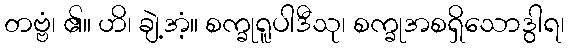
တဗ္ဗံ၊ ၏။ ဟိ၊ ချဲ့အံ့။ စက္ခုရူပါဒီသု၊ စက္ခုအစရှိသောဒွါရ၊